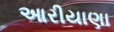
આરીયાણા